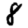
Digit: 8